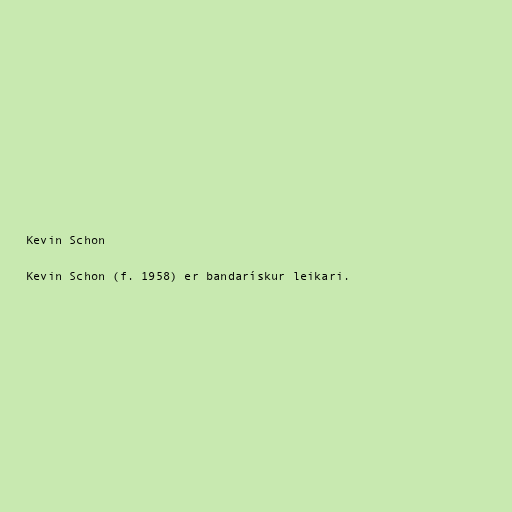
Kevin Schon

Kevin Schon (f. 1958) er bandarískur leikari.